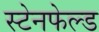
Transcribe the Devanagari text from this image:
स्टेनफेल्ड